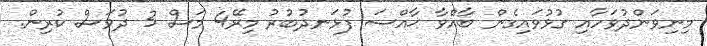
މިނިވަންދުވަހާއި ގުޅުވައިގެން ބާއްވާ ޚާއްސަ ފުޅަނދުބުރު މިރޭ4 މަސް 3 ދުވަސް ކުރިން.